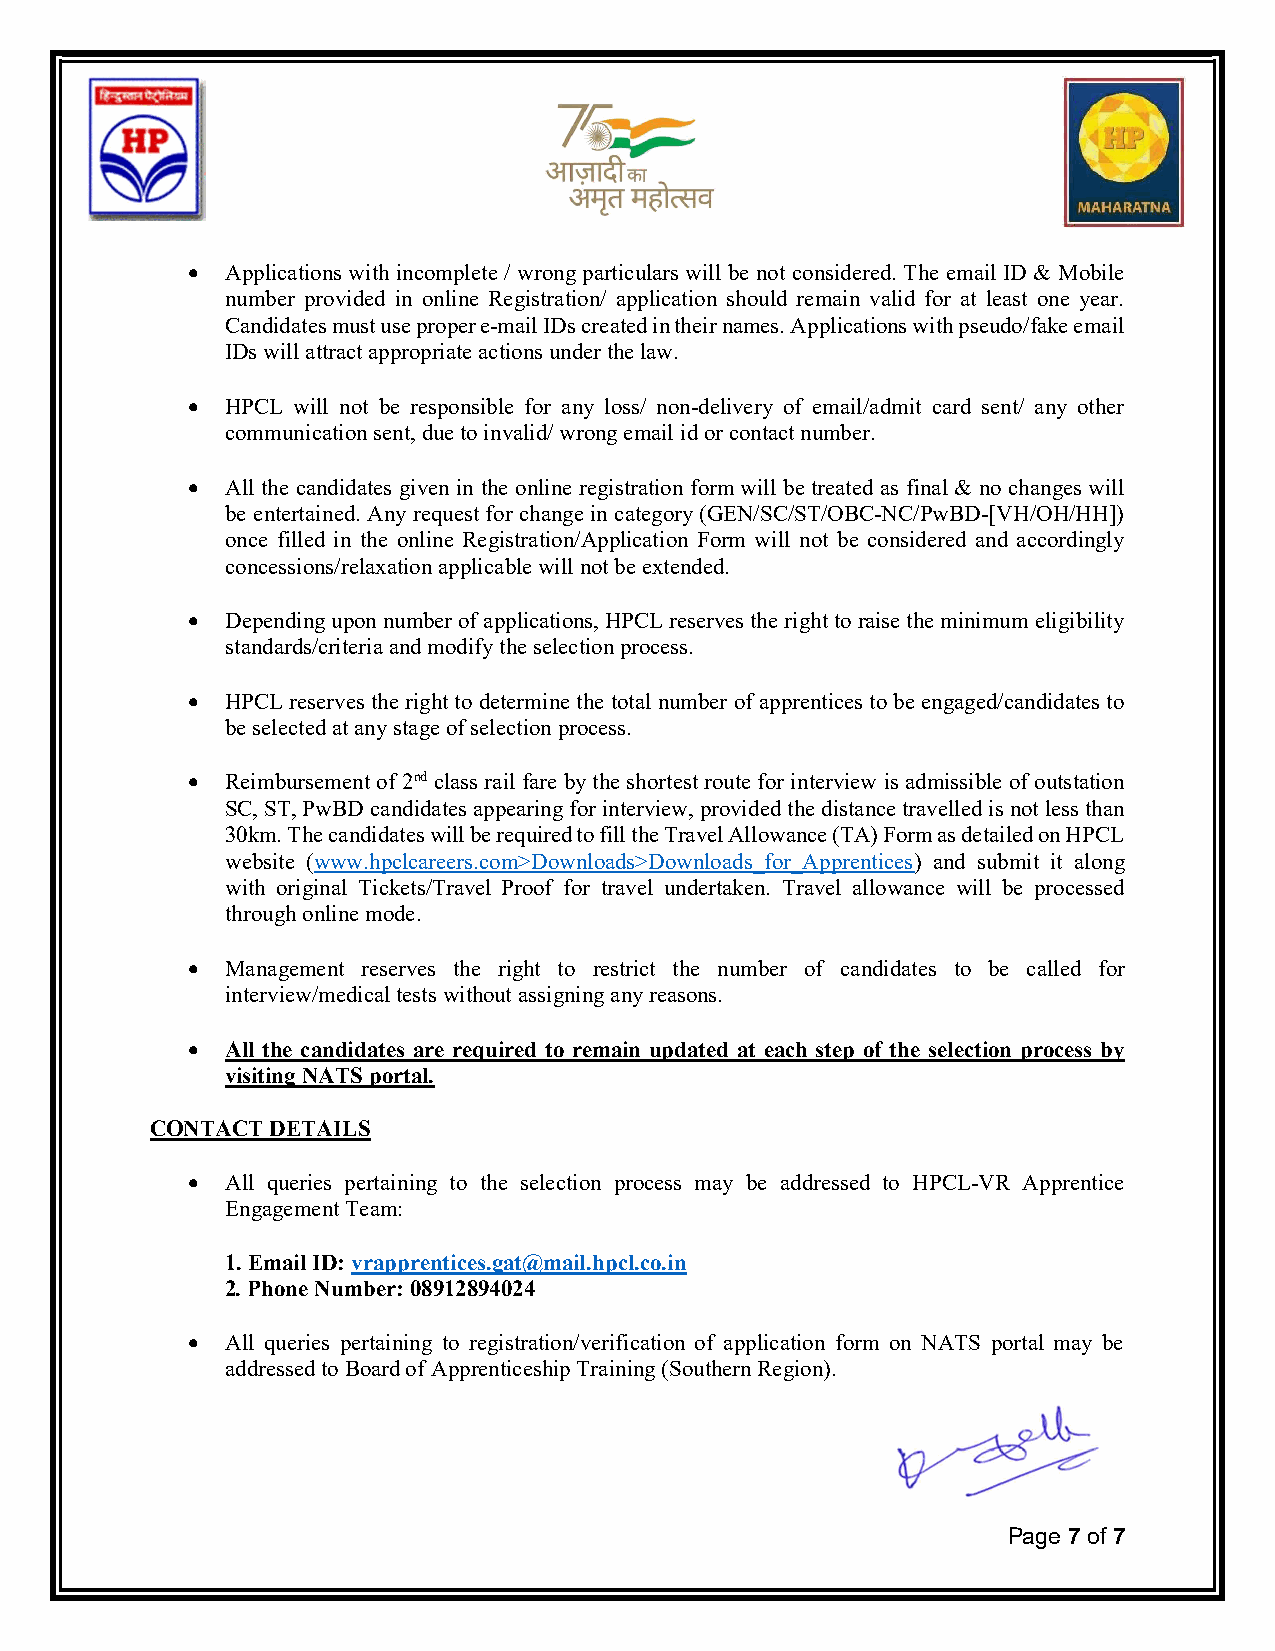
  Applications with incomplete / wrong particulars will be not considered. The email ID & Mobile
 number provided in online Registration/ application should remain valid for at least one year.
 Candidates must use proper e-mail IDs created in their names. Applications with pseudo/fake email
 IDs will attract appropriate actions under the law.
   HPCL will not be responsible for any loss/ non-delivery of email/admit card sent/ any other
 communication sent, due to invalid/ wrong email id or contact number.
   All the candidates given in the online registration form will be treated as final & no changes will
 be entertained. Any request for change in category (GEN/SC/ST/OBC-NC/PwBD-[VH/OH/HH])
 once filled in the online Registration/Application Form will not be considered and accordingly
 concessions/relaxation applicable will not be extended.
   Depending upon number of applications, HPCL reserves the right to raise the minimum eligibility
 standards/criteria and modify the selection process.
   HPCL reserves the right to determine the total number of apprentices to be engaged/candidates to
 be selected at any stage of selection process.
   Reimbursement of 2nd class rail fare by the shortest route for interview is admissible of outstation
 SC, ST, PwBD candidates appearing for interview, provided the distance travelled is not less than
 30km. The candidates will be required to fill the Travel Allowance (TA) Form as detailed on HPCL
 website (www.hpclcareers.com>Downloads>Downloads_for_Apprentices) and submit it along
 with original Tickets/Travel Proof for travel undertaken. Travel allowance will be processed
 through online mode.
   Management reserves the right to restrict the number of candidates to be called for
 interview/medical tests without assigning any reasons.
   All the candidates are required to remain updated at each step of the selection process by
 visiting NATS portal.
 CONTACT DETAILS
   All queries pertaining to the selection process may be addressed to HPCL-VR Apprentice
 Engagement Team:
 1. Email ID: vrapprentices.gat@mail.hpcl.co.in
 2. Phone Number: 08912894024
   All queries pertaining to registration/verification of application form on NATS portal may be
 addressed to Board of Apprenticeship Training (Southern Region).
 Page 7 of 7